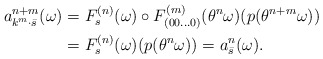
\begin{align*}a^{n+m}_{k^m \cdot \bar s} (\omega) &=F_{s}^{(n)}(\omega) \circ F_{(00\ldots 0)}^{(m)}(\theta ^n\omega) (p(\theta ^{n+m}\omega))\\&= F_{s}^{(n)}(\omega) (p(\theta ^n\omega))= a^n _{\bar s} (\omega).\end{align*}